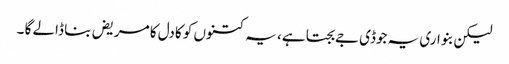
لیکن بنواری یہ جوڈی جے بجتا ہے، یہ کتنوں کو کادل کا مریض بنا ڈالے گا ۔